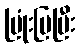
ပြုံးပြပြီး